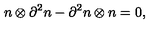
n \otimes \partial ^ { 2 } n - \partial ^ { 2 } n \otimes n = 0 ,